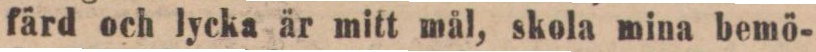
färd och lycka är mitt mål, skola mina bemö-